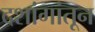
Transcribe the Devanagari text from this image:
दशांगांतून